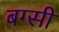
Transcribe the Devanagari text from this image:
बग्सी